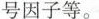
号因子等。